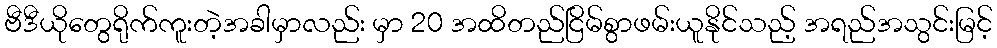
ဗီဒီယိုတွေရိုက်ကူးတဲ့အခါမှာလည်း မှာ 20 အထိတည်ငြိမ်စွာဖမ်းယူနိုင်သည့် အရည်အသွင်းမြင့်